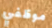
موظفي